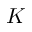
K